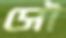
সৌ